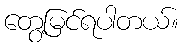
တွေ့မြင်ရပါတယ်။